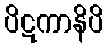
ပိဋကာနိပိ